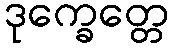
ဒုက္ခေတ္တေ